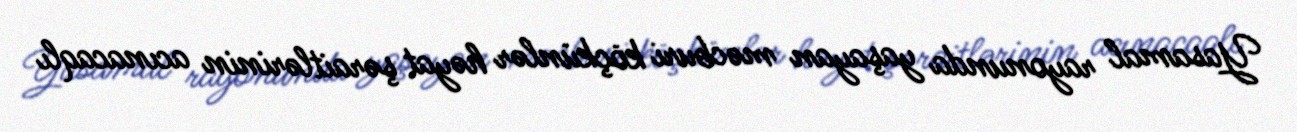
Yasamal rayonunda yaşayan məcburi köçkünlər həyat şəraitlərinin acınacaqlı